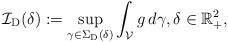
LaTeX: \begin{align*} \mathcal{I}_{\mathrm{D} }(\delta) := \sup_{\gamma \in \Sigma_{\mathrm{D} }(\delta)} \int_{\mathcal{V} } g \, d\gamma, \delta \in \mathbb{R}_{+}^2,\end{align*}